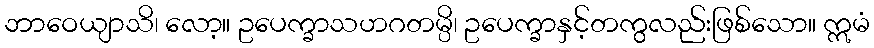
ဘာဝေယျာသိ၊ လော့။ ဥပေက္ခာသဟဂတမ္ပိ၊ ဥပေက္ခာနှင့်တကွလည်းဖြစ်သော။ ဣမံ